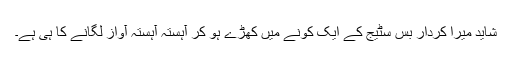
شاید میرا کردار بس سٹیج کے ایک کونے میں کھڑے ہو کر آہستہ آہستہ آواز لگانے کا ہی ہے۔